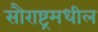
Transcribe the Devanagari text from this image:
सौराष्ट्रमधील